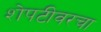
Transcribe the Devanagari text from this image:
शेपटीवरचा